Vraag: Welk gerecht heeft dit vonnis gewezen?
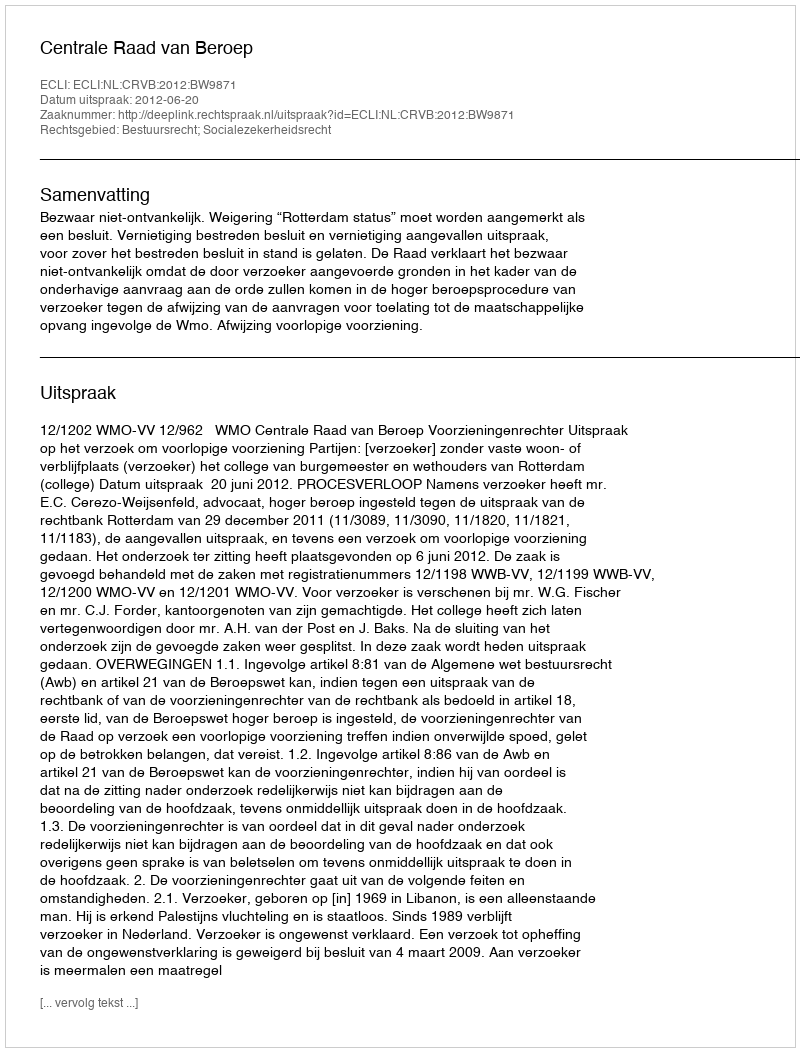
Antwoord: Centrale Raad van Beroep